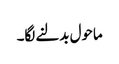
ماحول بدلنے لگا۔